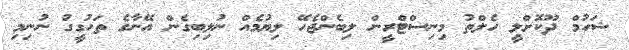
ޝަހުމް ދޫކޮށްލީ ހެލްތު މިނިސްޓްރީން ލިބެންޖެހޭ ލިޔުމެއް ނުލިބިގެން އޭނާގެ ތަހުގީގު ނުނިމި